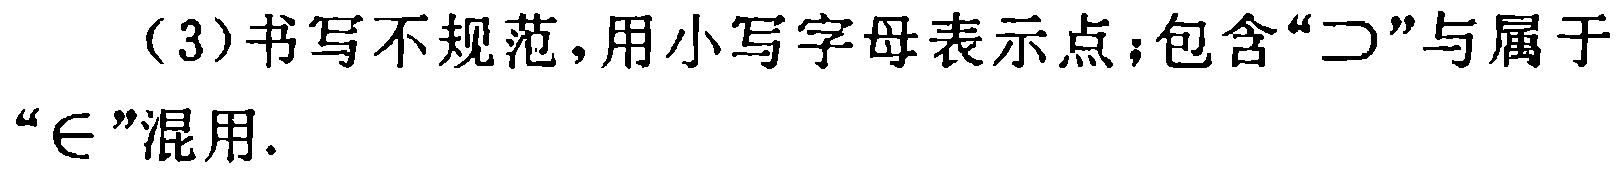
（3）书写不规范，用小写字母表示点；包含“$\supset$”与属于“$\in$”混用.